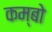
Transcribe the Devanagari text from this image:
कम्बो